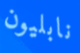
نابليون